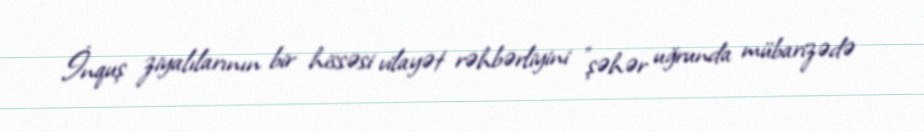
İnquş ziyalılarının bir hissəsi vilayət rəhbərliyini "şəhər uğrunda mübarizədə